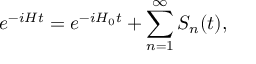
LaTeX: e ^ { - i H t } = e ^ { - i H _ { 0 } t } + \sum _ { n = 1 } ^ { \infty } S _ { n } ( t ) ,